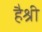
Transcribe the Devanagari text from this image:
हैश्री